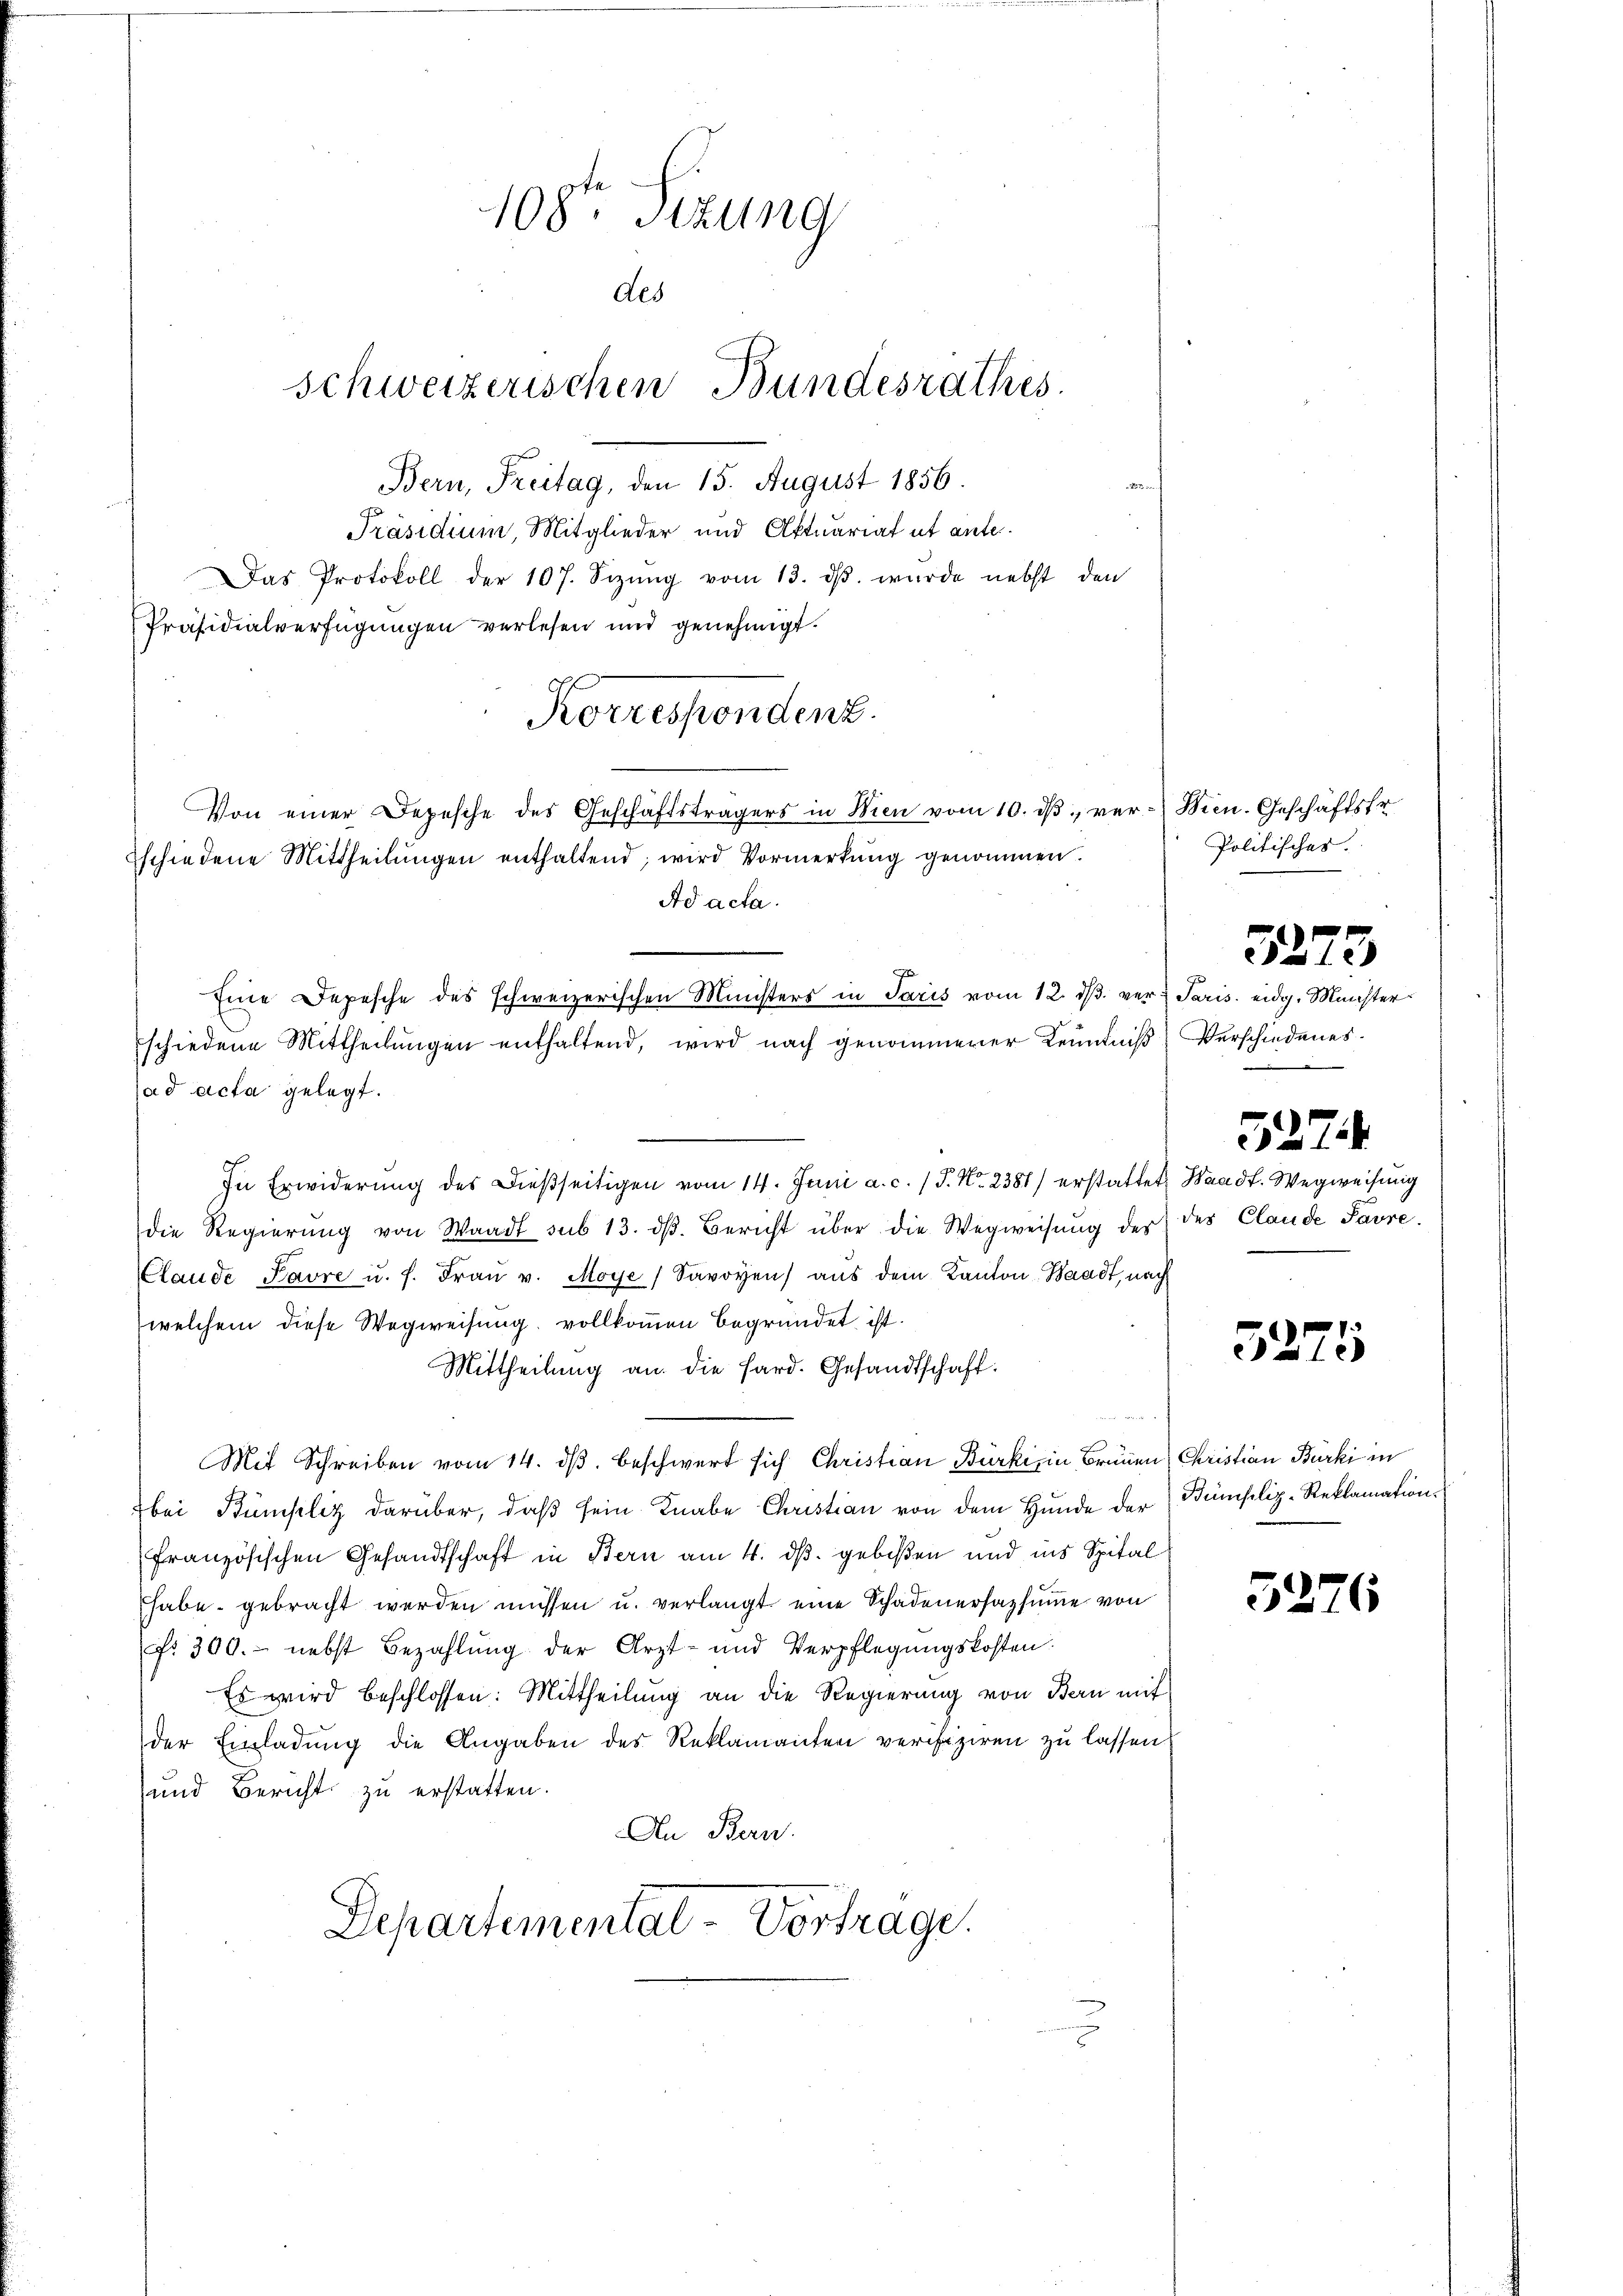
108te Sitzung
Als
schweizerischen Bundesrathes.

Bern, Freitag, den 15. August 1856.
d
Präsidium, Mitglieder und Aktuariat ut ante.
Das Protokoll der 107. Sizŭng vom 13. dβ. wurde nebst den
Präsidialverfügungen verlesen und genehmigt.
schiedene Mittheilŭngen enthaltend, wird Vormerkŭng genommen.
Ad acta.
ad acta gelegt.
In Erwiderung des Dießseitigen vom 14. Juni a. c. / P. Nr. 2381) erstattet, Waadt. Wegweisung
die Regierŭng von Waadt sub 13. dβ. Bericht über die Wegweisŭng der des Claude Pavre.
lande Pavre u. f. Fraŭ v. Moye (Savoyen aŭs dem Kanton Waadt, nach
welchem diese Wegweisung vollkommen begründet ist.
Mittheilung an die Hard. Gesandtschaft.
Mit Schreiben vom 14. dβ beschwert sich Christian Bürkis in Brunnen Christian Bürki in
bei Bümpliz darüber, daß sein Knabe Christian von dem Hunde der
französischen Gesandtschaft in Bern am 11. ds. gebißen und ins Spital
habe gebracht werden müssen u. verlangt eine Schadenersazsumme von
fr 300.- nebst Bezahlung der Arzt- und Verpflegungskosten.
Es wird beschlossen: Mittheilung an die Regierung von Bern mit
der Einladung die Angaben des Reklamanten verifiziren zu lassen
und Bericht zu erstatten.
An Bern.
Departemental-Vortrage.

Korrespondenz.
Von einer Depesche des Geschäftsträgers in Wien vom 10. dβ ver- Wien. Geschäftsfr

Eine Depesche des schweizerischen Ministers in Paris vom 12. dβ ver
schiedene Mittheilŭngen enthaltend, wird nach genommener Kenntniß

Politisches.

3273

Paris eidg. Murister
Verschiedenes.

527

5275

Bümfliz-Reklamation.

5276